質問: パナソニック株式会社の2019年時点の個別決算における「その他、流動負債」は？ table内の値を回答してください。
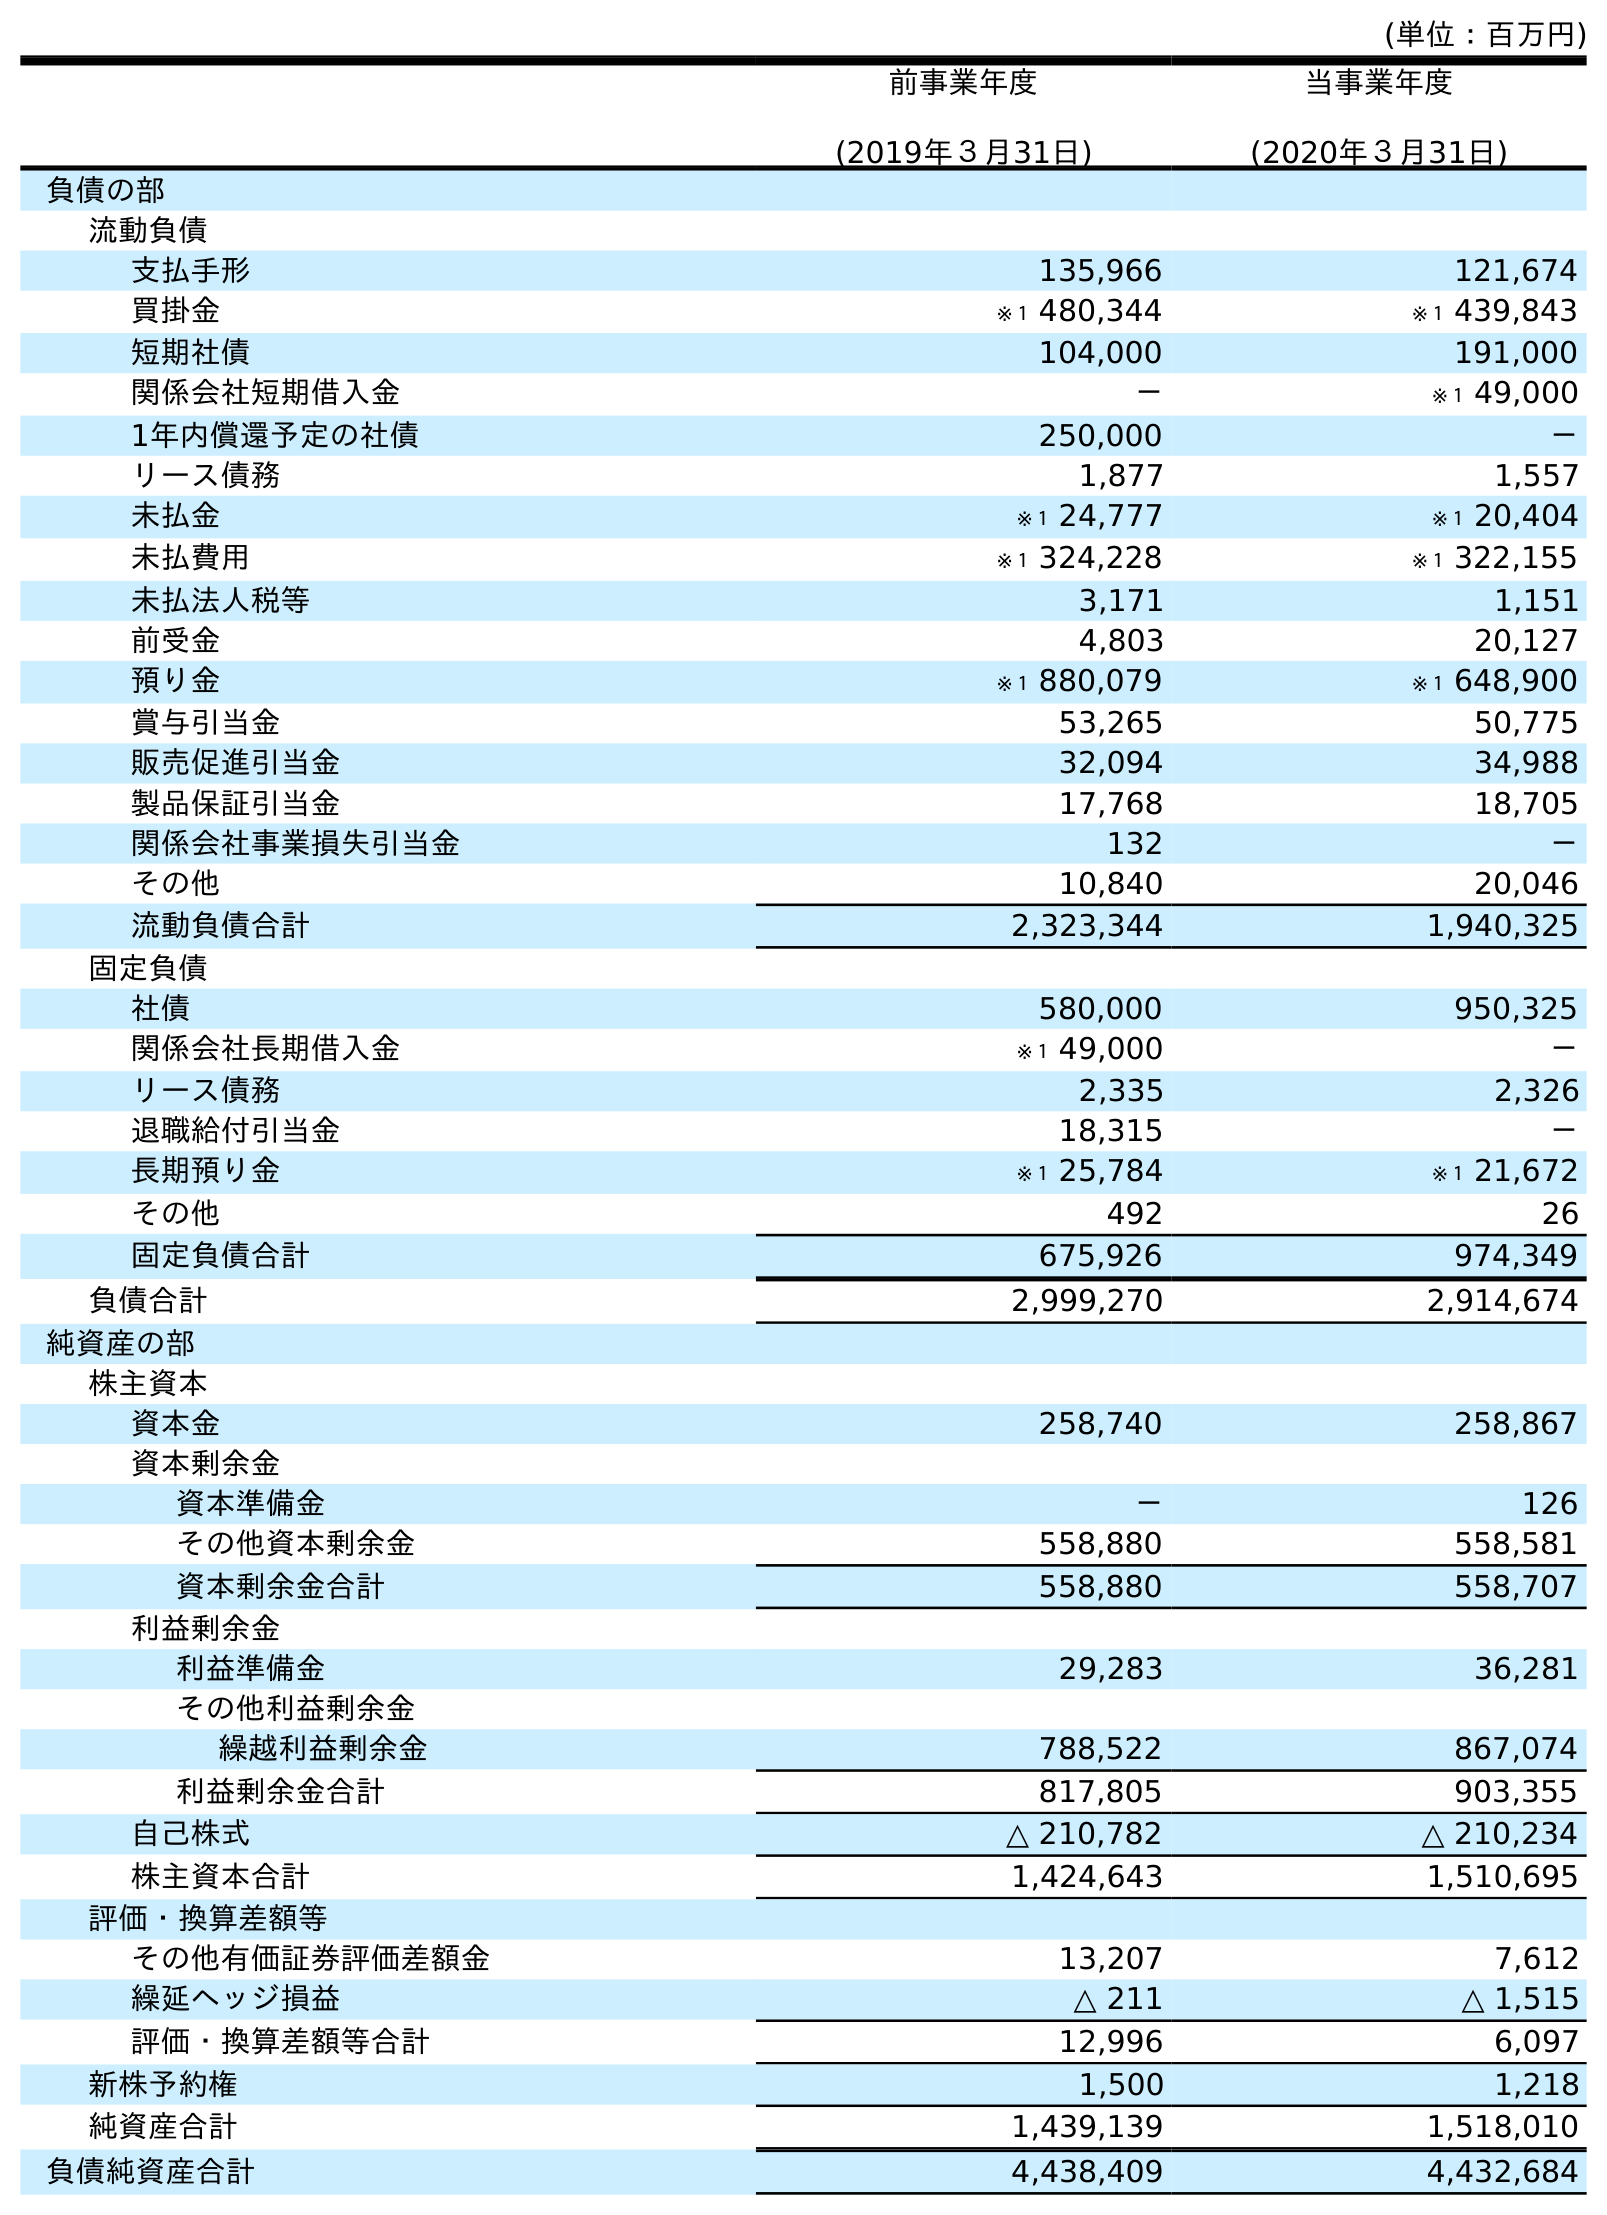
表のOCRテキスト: (単位：百万円) 前事業年度 (2019年３月31日) 当事業年度 (2020年３月31日) 負債の部 流動負債 支払手形 135,966 121,674 買掛金 ※１ 480,344 ※１ 439,843 短期社債 104,000 191,000 関係会社短期借入金 － ※１ 49,000 1年内償還予定の社債 250,000 － リース債務 1,877 1,557 未払金 ※１ 24,777 ※１ 20,404 未払費用 ※１ 324,228 ※１ 322,155 未払法人税等 3,171 1,151 前受金 4,803 20,127 預り金 ※１ 880,079 ※１ 648,900 賞与引当金 53,265 50,775 販売促進引当金 32,094 34,988 製品保証引当金 17,768 18,705 関係会社事業損失引当金 132 － その他 10,840 20,046 流動負債合計 2,323,344 1,940,325 固定負債 社債 580,000 950,325 関係会社長期借入金 ※１ 49,000 － リース債務 2,335 2,326 退職給付引当金 18,315 － 長期預り金 ※１ 25,784 ※１ 21,672 その他 492 26 固定負債合計 675,926 974,349 負債合計 2,999,270 2,914,674 純資産の部 株主資本 資本金 258,740 258,867 資本剰余金 資本準備金 － 126 その他資本剰余金 558,880 558,581 資本剰余金合計 558,880 558,707 利益剰余金 利益準備金 29,283 36,281 その他利益剰余金 繰越利益剰余金 788,522 867,074 利益剰余金合計 817,805 903,355 自己株式 △ 210,782 △ 210,234 株主資本合計 1,424,643 1,510,695 評価・換算差額等 その他有価証券評価差額金 13,207 7,612 繰延ヘッジ損益 △ 211 △ 1,515 評価・換算差額等合計 12,996 6,097 新株予約権 1,500 1,218 純資産合計 1,439,139 1,518,010 負債純資産合計 4,438,409 4,432,684
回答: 10,840